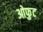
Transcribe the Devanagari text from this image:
ओफुट